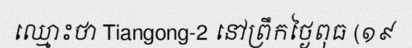
ឈ្មោះថា Tiangong-2 នៅព្រឹកថ្ងៃពុធ (១៩